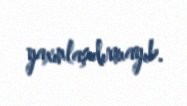
yaxınlaşdırmayıb.